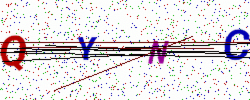
Text: QYNC